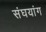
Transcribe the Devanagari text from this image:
संघयांग